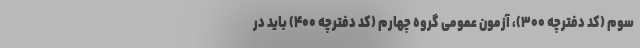
سوم (کد دفترچه ۳۰۰)، آزمون عمومی گروه چهارم (کد دفترچه ۴۰۰) باید در